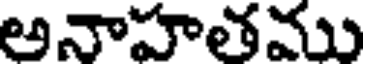
అనాహతము